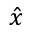
\hat { x }